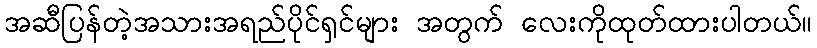
အဆီပြန်တဲ့အသားအရည်ပိုင်ရှင်များ အတွက် လေးကိုထုတ်ထားပါတယ်။